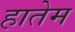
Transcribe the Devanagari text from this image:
हातेम